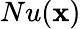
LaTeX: Nu(\mathbf{x})